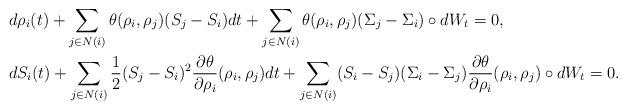
LaTeX: \begin{align*} &d\rho_i(t)+\sum_{j\in N(i)} \theta(\rho_i,\rho_j)(S_j-S_i)dt+\sum_{j\in N(i)} \theta(\rho_i,\rho_j)(\Sigma_j-\Sigma_i) \circ dW_t=0,\\&dS_i(t)+\sum_{j\in N(i)} \frac 12(S_j-S_i)^2 \frac {\partial \theta}{\partial \rho_i}(\rho_i,\rho_j)dt+\sum_{j\in N(i)} (S_i-S_j)(\Sigma_i-\Sigma_j)\frac {\partial \theta}{\partial \rho_i}(\rho_i,\rho_j) \circ dW_t=0.\end{align*}